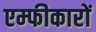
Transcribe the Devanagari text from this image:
एम्फीकारों